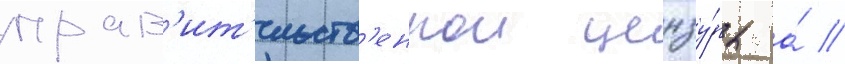
прав'ит'ельств'еннои цензу́ры а́ //